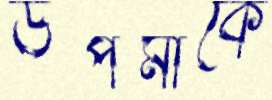
উপমাকে